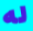
له